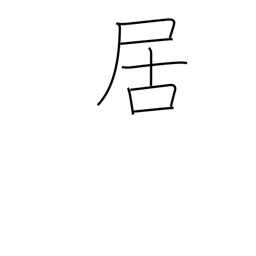
Meaning: to be